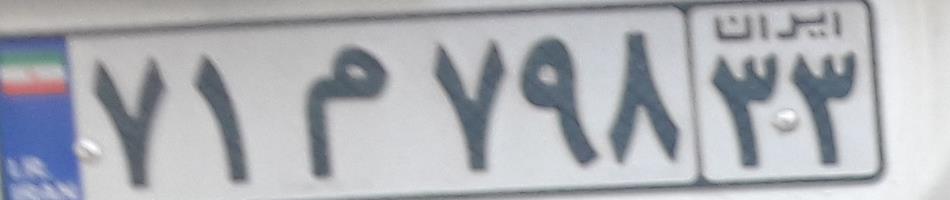
۷۱م۷۹۸۳۳